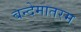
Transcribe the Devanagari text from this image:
बन्देमातरम